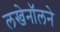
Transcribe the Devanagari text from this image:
लखेनॉलने